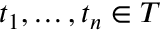
t _ { 1 } , \ldots , t _ { n } \in T